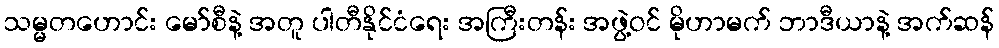
သမ္မတဟောင်း မော်စီနဲ့ အတူ ပါတီနိုင်ငံရေး အကြီးတန်း အဖွဲ့ဝင် မိုဟာမက် ဘာဒီယာနဲ့ အက်ဆန်